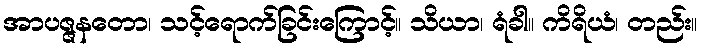
အာပဇ္ဇနတော၊ သင့်ရောက်ခြင်းကြောင့်။ သိယာ၊ ရံခါ။ ကိရိယံ၊ တည်း။